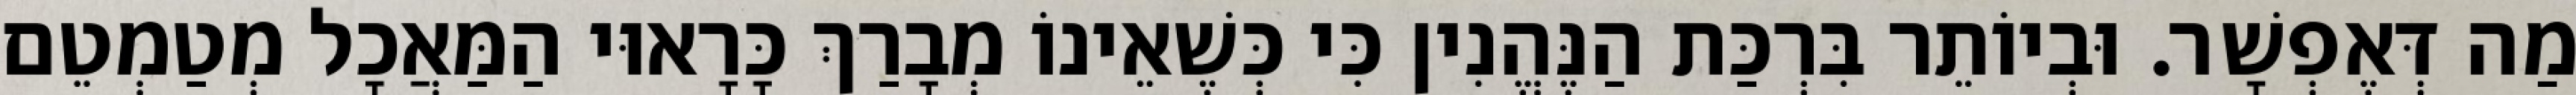
מַה דְּאֶפְשָׁר. וּבְיוֹתֵר בִּרְכַּת הַנֶּהֱנִין כִּי כְּשֶׁאֵינוֹ מְבָרַךְ כָּרָאוּי הַמַּאֲכָל מְטַמְטֵם